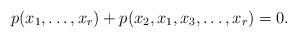
LaTeX: \begin{align*}p(x_1,\ldots,x_r)+p(x_2,x_1,x_3,\ldots,x_r)=0.\end{align*}